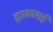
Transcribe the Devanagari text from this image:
द्वारकामाई